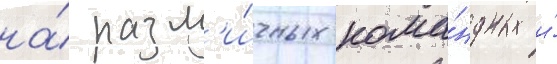
на́ разл'и́чных кома́ндных и́